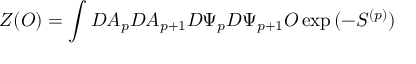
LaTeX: Z ( { \cal O } ) = \int { \cal D } A _ { p } { \cal D } A _ { p + 1 } { \cal D } \Psi _ { p } { \cal D } \Psi _ { p + 1 } { \cal O } \exp { ( - S ^ { ( p ) } ) }